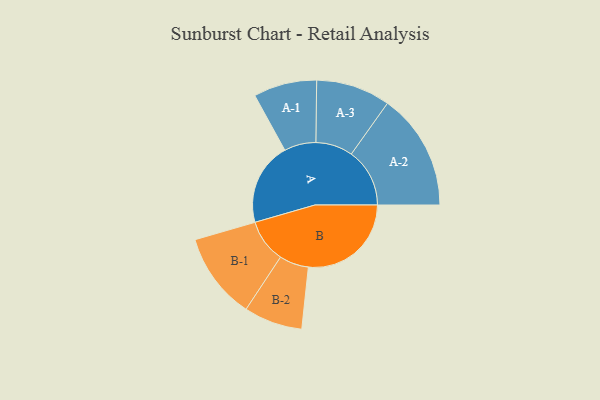
{"axis": {"x": "Segment", "y": "Value"}, "legend": ["", "A", "B"], "data": [{"x": "A", "y": 350, "type": ""}, {"x": "B", "y": 435, "type": ""}, {"x": "A-1", "y": 134, "type": "A"}, {"x": "A-2", "y": 247, "type": "A"}, {"x": "A-3", "y": 157, "type": "A"}, {"x": "B-1", "y": 183, "type": "B"}, {"x": "B-2", "y": 124, "type": "B"}]}